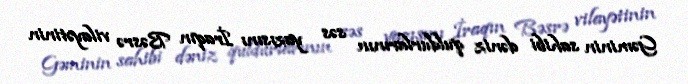
Gəminin sahibi dəniz quldurlarının səs yazısını İraqın Bəsrə vilayətinin